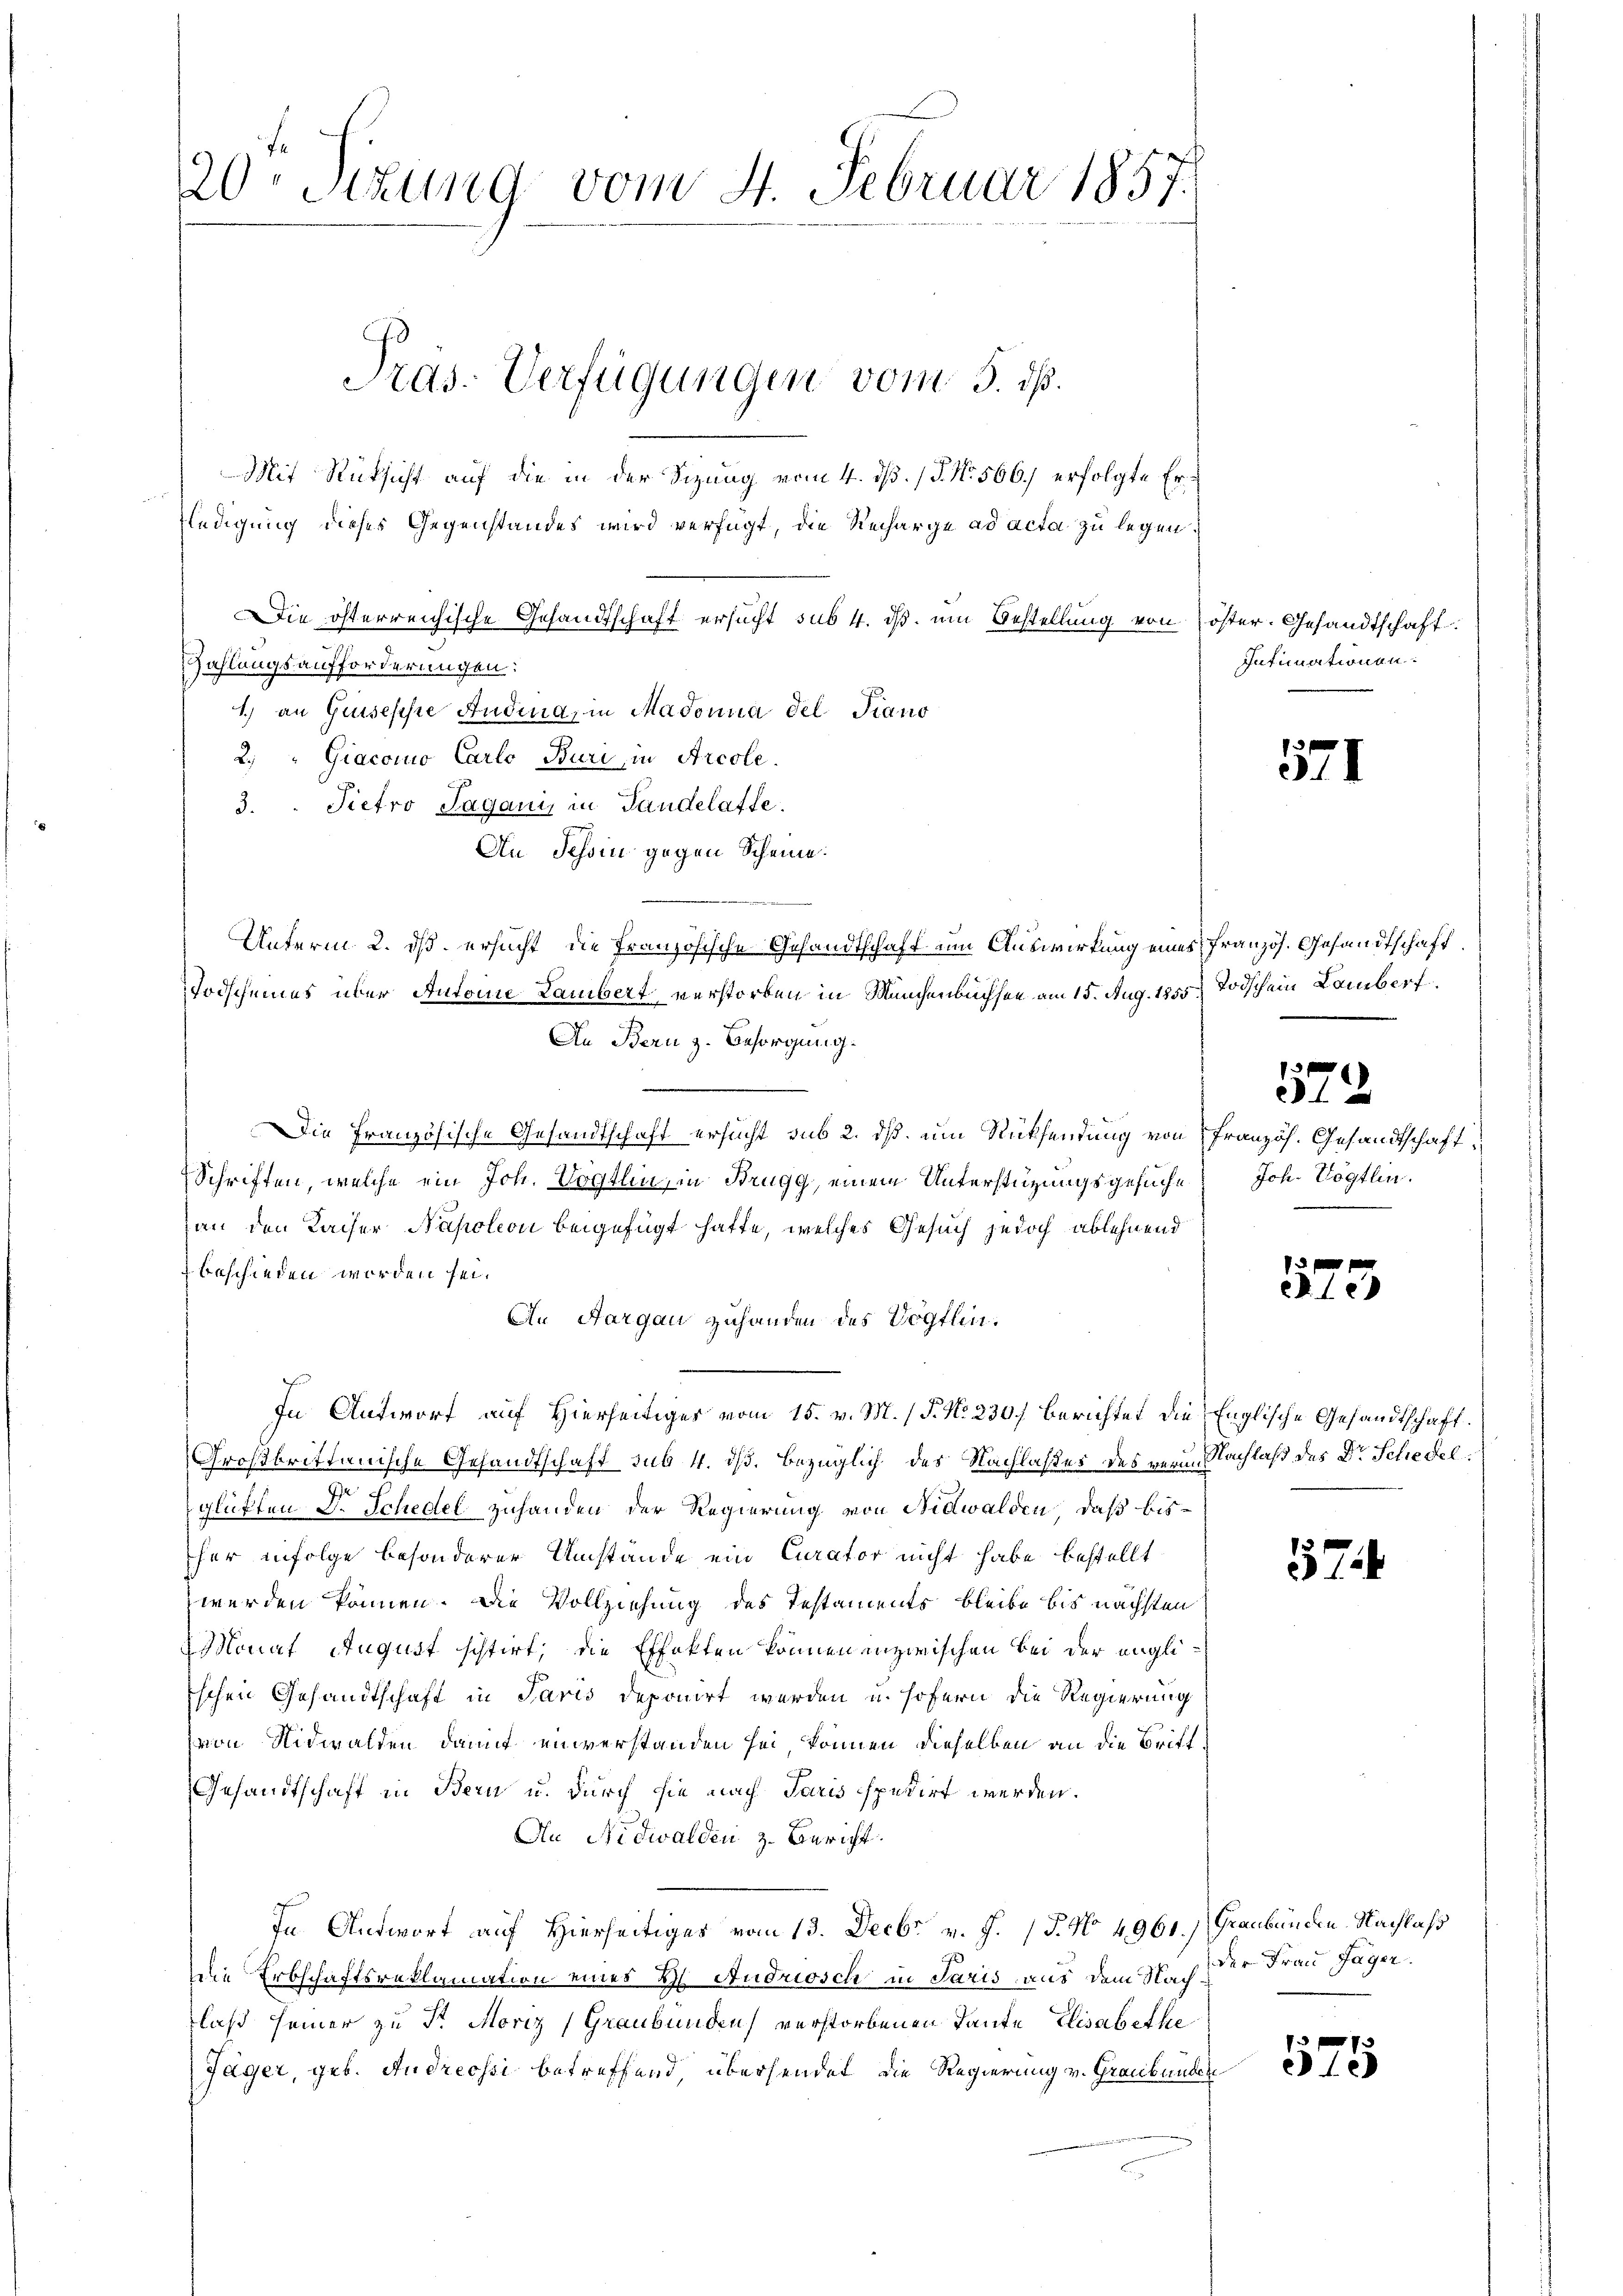
20t Setzung vom 4. Februar 1857.

Mit Rücksicht auf die in der Sizung vom 4. dß. / P. Nr. 566.) erfolgte Erfledigung dieses Gegenstandes wird verfügt, die Recharge ad acta zu legen.
Die österreichische Gesandtschaft ersucht sub 4. dβ. um Bestellung von öster. Gesandtschaft
Zahlungsaufforderungen:
1.) an Giuseppe Audina, in Madonna del Piano
2. " Giacomo Carlo Buri, in Arcole.
3. Pietro Saganis in Landelaffe.
An Schon gegen Scheine
Unterm. 2. dß ersucht, die französische Gesandtschaft um Auswirkung eines französ. Gesandtschaft
TTodscheines über Antoine Lambert verstorben in Manchenbüchsen am 15. Aug. 1855. Todschein Lamber
An Bern z. Besorgung.
Die Französische Gesandtschaft ersucht sub 2. dß. um Rücksendung von Französ. Gesandtschaft¬
Schriften, welche ein Joh. Vogtlin, in Brugg, einem Unterstützungsgesuche
an den Kaiser Napoleon beigefügt hatte, welches Gesuch jedoch ablehnend
beschieden worden sei.
An Aargau zuhanden des Vögtlin¬
In Antwort auf Hierseitiges vom 15. v. M. (T. No. 230. Berichtet die Englische Gesandtschaft.
Großbrittanische Gesandtschaft sub. 4. dß. bezüglich des Nachlaßes des verin Nachlaß des Dr. Schedelglüffen Dr. Schedel zuhanden der Regierung von Nidwalden, daß bisher infolge besonderer Umstände ein Curator nicht habe bestellt
werden können. Die Vollziehung des Testaments bleibe bis nächsten
Monat August schlirt, die Effekten könnenenzwischen bei der engli¬
Eschen Gesandtschaft in Paris deponirt werden u. sofern die Regierung
(von Nidwalden damit einverstanden sei, können dieselben an die Britt¬
Gesandtschaft in Bern u. durch sie nach Paris spedirt werden.
Au Nidwalden z. Bericht.
In Antwort auf Hierseitiges vom 13. Decbr v. J. (T. No 4961.) Graubünden Nachlaß
7
die Erbschaftsreklamation eines H. Andriosch in Paris aus dem Nach der Frau Jäger
laß seiner zu Fr. Moriz (Graubünden verstorbenen Tante Elisabethe
Jäger, geb. Andreossi betreffend übersendet die Regierung v. Graubünden

Präs. Verfügungen vom 5. dß.

Intimationen.

5.

572
Joh. Vögtlin.

573

57

13 f 0 x
e